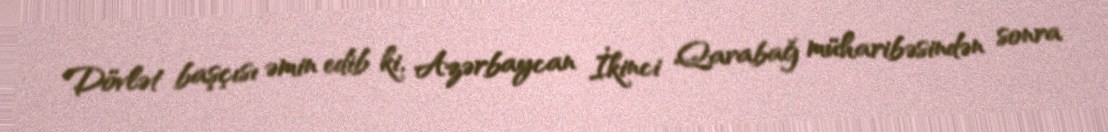
Dövlət başçısı əmin edib ki, Azərbaycan İkinci Qarabağ müharibəsindən sonra